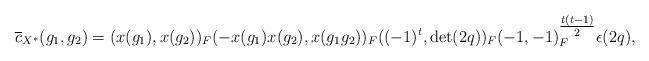
LaTeX: \begin{align*}\overline{c}_{X^{\ast}}(g_1, g_2)= (x(g_1), x(g_2))_F(-x(g_1)x(g_2), x(g_1g_2))_F ((-1)^t, \det(2q))_F (-1, -1)_F^{\tfrac{t(t-1)}{2}}\epsilon(2q),\end{align*}